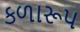
કળારૂપ